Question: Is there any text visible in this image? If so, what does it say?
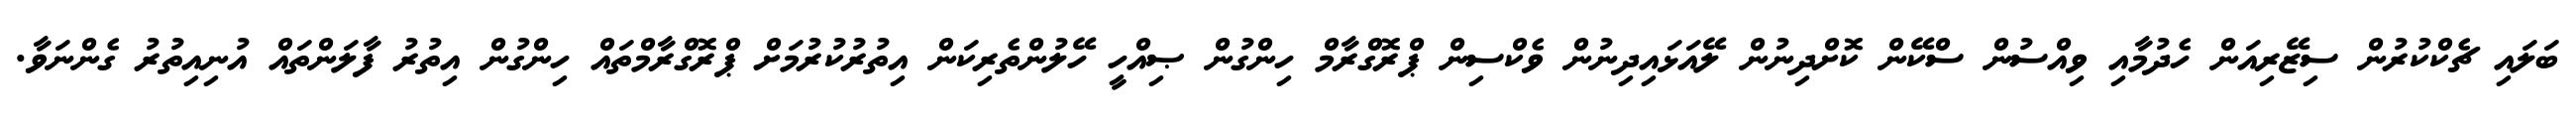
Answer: ބަލައި ޗެކްކުރުން ސިޒޭރިއަން ހެދުމާއި ވިއްސުން ސްކޭން ކޮށްދިނުން ލޭއަޅައިދިނުން ވެކްސިން ޕްރޮގްރާމް ހިންގުން ޞިއްހީ ހޭލުންތެރިކަން އިތުރުކުރުމަށް ޕްރޮގްރާމްތައް ހިންގުން އިތުރު ފާލަންތައް އުނިއިތުރު ގެންނަވާ.